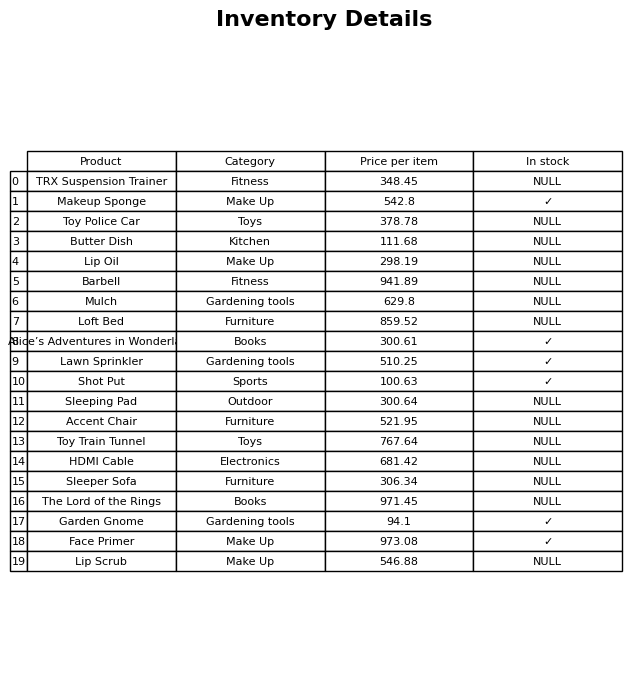
question: What is the price for Sleeping Pad?
answer: The price of Sleeping Pad is 300.64.